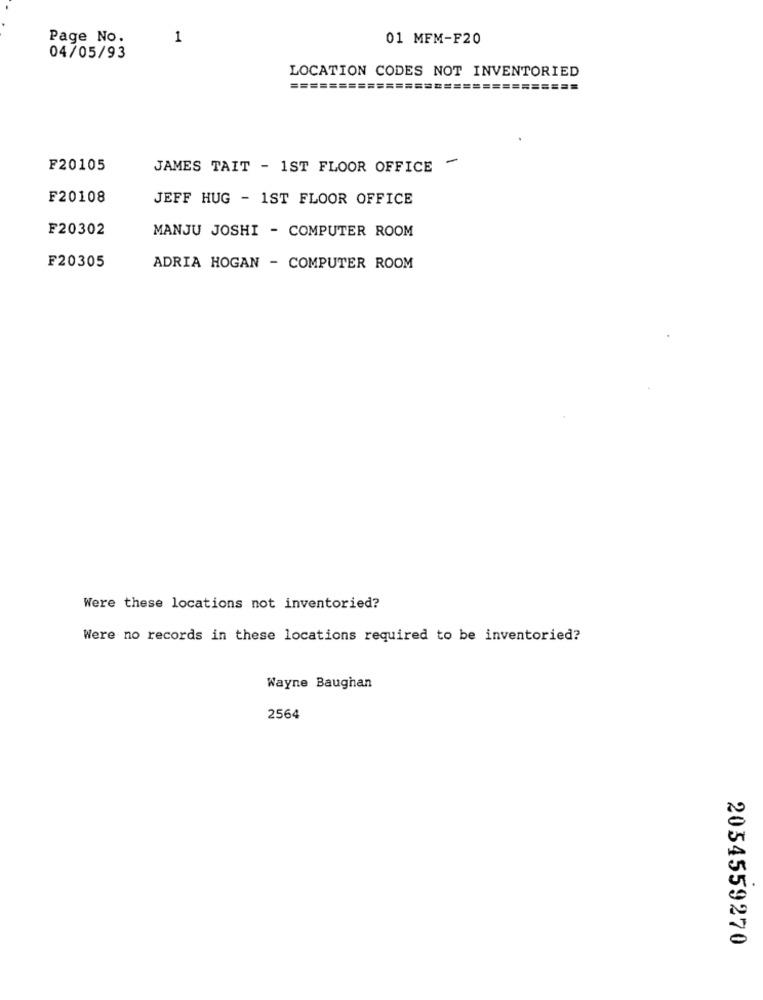
Page No.
1
01 MFM-F20
04/05/93
LOCATION CODES NOT INVENTORIED
========
==================
-
F20105
JAMES TAIT - 1ST FLOOR OFFICE
F20108
JEFF HUG - 1ST FLOOR OFFICE
F20302
MANJU JOSHI - COMPUTER ROOM
F20305
ADRIA HOGAN - COMPUTER ROOM
Were these locations not inventoried?
Were no records in these locations required to be inventoried?
Wayne Baughan
2564
2054559270